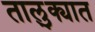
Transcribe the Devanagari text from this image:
तालु्क्यात